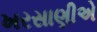
ખરસાણીએ